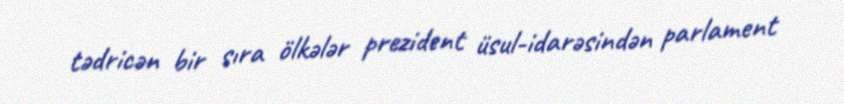
tədricən bir sıra ölkələr prezident üsul-idarəsindən parlament